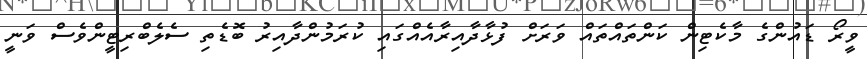
ވީރޯ ޑައުންގެ މާކެޓިން ކަންތައްތައް ވަރަށް ފުޅާދާއިރާއެއްގައި ކުރަމުންދާއިރު ބޮޑެތި ސެލެބްރިޓީންވެސް ވަނީ